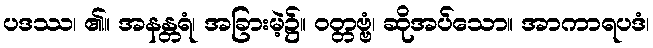
ပဒဿ၊ ၏။ အနန္တရံ၊ အခြားမဲ့၌။ ဝတ္တဗ္ဗံ၊ ဆိုအပ်သော။ အာကာရပဒံ၊